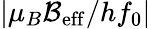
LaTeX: |\mu_{B}\mathcal{B}_{\mathrm{eff}}/hf_{0}|